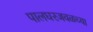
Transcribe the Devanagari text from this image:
पालघरजवळच्या